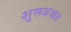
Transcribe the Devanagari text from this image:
शुरूअआत